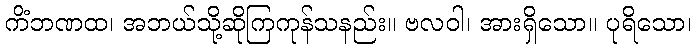
ကိံဘဏထ၊ အဘယ်သို့ဆိုကြကုန်သနည်း။ ဗလဝါ၊ အားရှိသော။ ပုရိသော၊